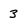
Character: 3